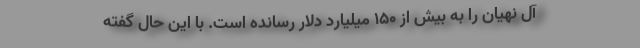
آل نهیان را به بیش از ۱۵۰ میلیارد دلار رسانده است. با این حال گفته